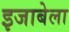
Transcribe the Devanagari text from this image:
इजाबेला